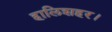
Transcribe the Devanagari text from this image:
हालिशहर।